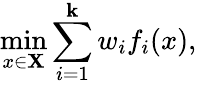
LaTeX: \operatorname*{min}_{x\in\mathbf{X}}\sum_{i=1}^{\mathbf{k}}w_{i}f_{i}(x),